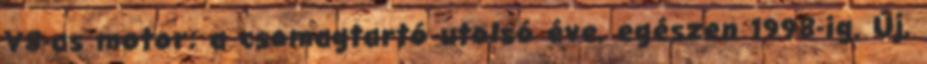
V8-as motor; a csomagtartó utolsó éve, egészen 1998-ig. Új,